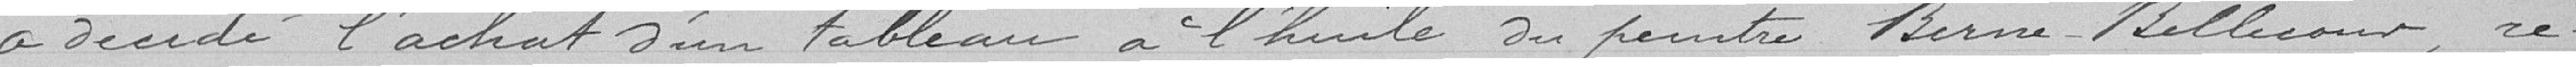
a décidé l'achat d'un tableau à l'huile du peintre Berne-Bellecour, re-